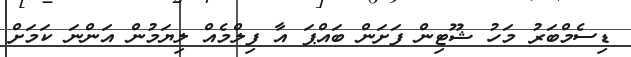
ޑިސެމްބަރު މަހު ޝޫޓިން ފަށަން ބައްޕަ އާ ފިލްމެއް ލިޔަމުން އަންނަ ކަމަށް